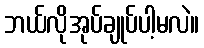
ဘယ်လိုအုပ်ချုပ်ပါ့မလဲ။